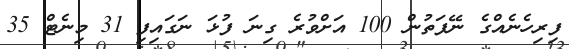
ފިރިހެނެއްގެ ނޭފަތުން 100 އަށްވުރެ ގިނަ ފުޅަ ނަގައިފި 31 މިނެޓް 35